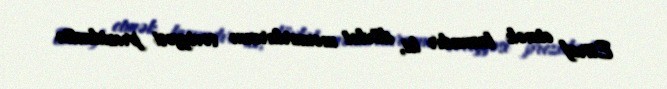
Etiraf etmək lazımdır ki, dövlət məmurlarının səviyyəsi prezidentin